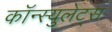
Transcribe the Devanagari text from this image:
कॉन्स्युलेट्स